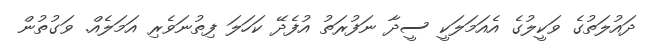
ދައުލަތުގެ ވަކީލުގެ އެއަމަލަކީ ސީދާ ނަފުރަތު އުފެދޭ ކަހަލަ ފިތުނަވެރި އަމަލެއް. ވަގުތުން